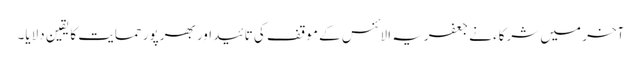
آخر میں شرکاء نے جعفریہ الائنس کے موقف کی تائید اور بھرپور حمایت کا یقین دلایا۔